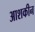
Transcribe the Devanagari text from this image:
आशकीन